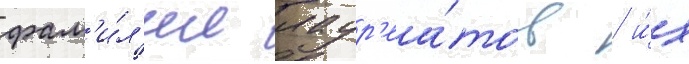
фам'и́л'ии лаур'еа́тов / и́х